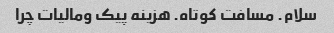
سلام. مسافت کوتاه. هزینه پیک ومالیات چرا